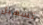
تسهيل